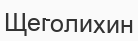
Щеголихин